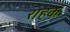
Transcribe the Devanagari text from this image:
राहक